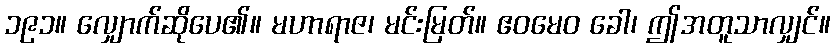
၁၉၁။ လျှောက်ဆိုပေ၏။ မဟာရာဇ၊ မင်းမြတ်။ ဧဝမေဝ ခေါ၊ ဤအတူသာလျှင်။